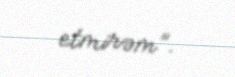
etmirəm”.